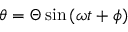
\theta = \Theta \sin \left( \omega t + \phi \right)